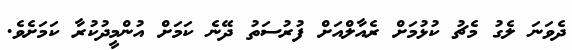
ދެވަނަ ލެގު މެޗު ކުޅުމަށް ރެއާލްއަށް ފުރުސަތު ދޭނެ ކަމަށް އުންމީދުކުރާ ކަމަށެވެ.